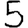
Digit: 5